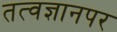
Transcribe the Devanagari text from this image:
तत्वज्ञानपर